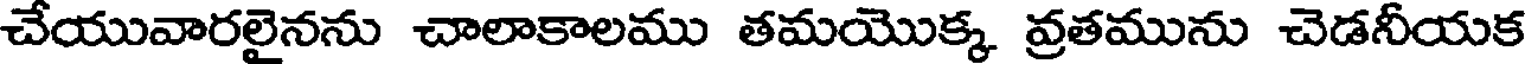
చేయువారలైనను చాలాకాలము తమయొక్క వ్రతమును చెడనీయక